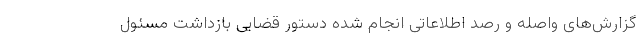
گزارش‌های واصله و رصد اطلاعاتی انجام شده دستور قضایی بازداشت مسئول